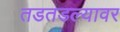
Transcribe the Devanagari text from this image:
तडतडल्यावर